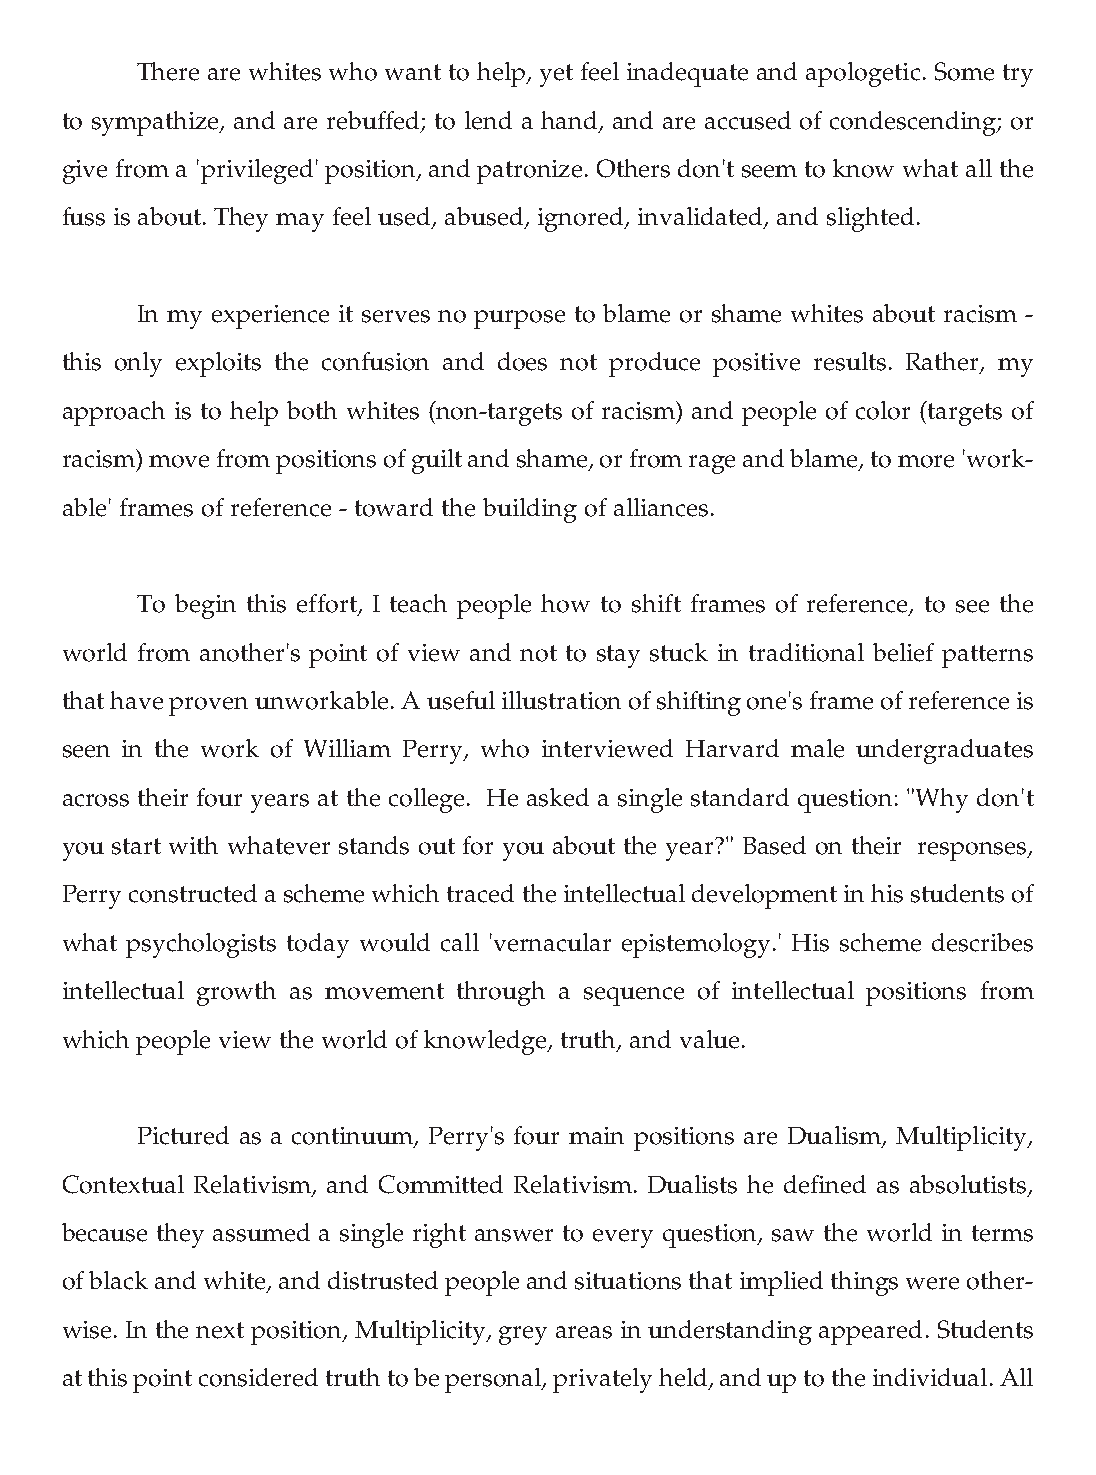
There are whites who want to help, yet feel inadequate and apologetic. Some try
 to sympathize, and are rebuffed; to lend a hand, and are accused of condescending; or
 give from a 'privileged' position, and patronize. Others don't seem to know what all the
 fuss is about. They may feel used, abused, ignored, invalidated, and slighted.
 In my experience it serves no purpose to blame or shame whites about racism -
 this only exploits the confusion and does not produce positive results. Rather, my
 approach is to help both whites (non-targets of racism) and people of color (targets of
 racism) move from positions of guilt and shame, or from rage and blame, to more 'work-
 able' frames of reference - toward the building of alliances.
 To begin this effort, I teach people how to shift frames of reference, to see the
 world from another's point of view and not to stay stuck in traditional belief patterns
 that have proven unworkable. A useful illustration of shifting one's frame of reference is
 seen in the work of William Perry, who interviewed Harvard male undergraduates
 across their four years at the college. He asked a single standard question: "Why don't
 you start with whatever stands out for you about the year?" Based on their responses,
 Perry constructed a scheme which traced the intellectual development in his students of
 what psychologists today would call 'vernacular epistemology.' His scheme describes
 intellectual growth as movement through a sequence of intellectual positions from
 which people view the world of knowledge, truth, and value.
 Pictured as a continuum, Perry's four main positions are Dualism, Multiplicity,
 Contextual Relativism, and Committed Relativism. Dualists he defined as absolutists,
 because they assumed a single right answer to every question, saw the world in terms
 of black and white, and distrusted people and situations that implied things were other-
 wise. In the next position, Multiplicity, grey areas in understanding appeared. Students
 at this point considered truth to be personal, privately held, and up to the individual. All